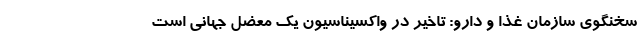
سخنگوی سازمان غذا و دارو: تاخیر در واکسیناسیون یک معضل جهانی است